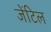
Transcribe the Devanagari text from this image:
जेंटिल